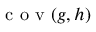
\mathrm { ~ c ~ o ~ v ~ } ( g , h )